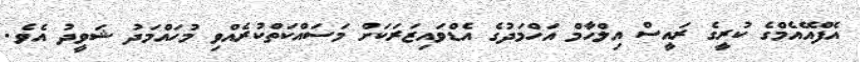
އެފްއޭއެމްގެ ކުރީގެ ރައީސް އިލްހާމް އަހްމަދުގެ އެޑްވައިޒަރަކަށް މަސައްކަތްކުރެއްވި މުހައްމަދު ޝަވީދު އެވެ.